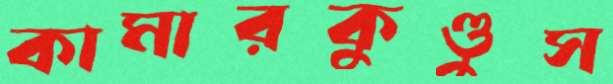
কামারকুণ্ডুস